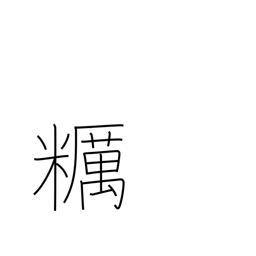
Meaning: unpolished rice